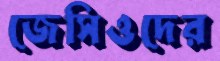
জেসিওদের